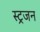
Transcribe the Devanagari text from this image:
स्ट्रजन